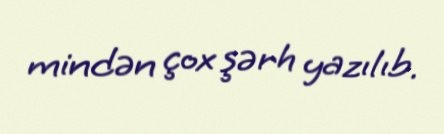
mindən çox şərh yazılıb.